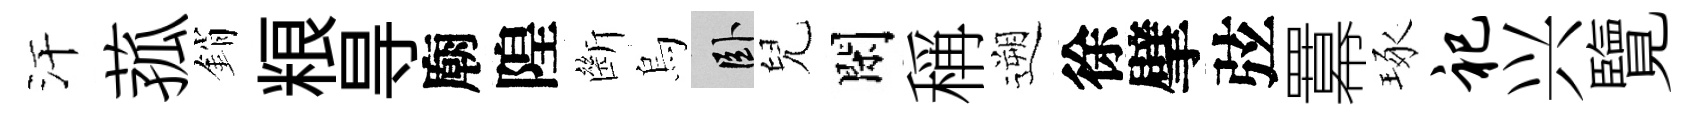
汗菰銷粮㝵廟隍㫁烏卧兒閑稱遡徐擘弦羃琢祀兴覽